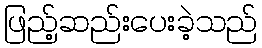
ဖြည့်ဆည်းပေးခဲ့သည်